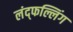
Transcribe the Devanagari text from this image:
लंद्फल्लिंग